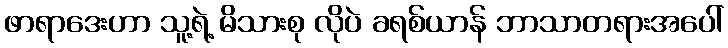
ဖာရာဒေးဟာ သူ့ရဲ့ မိသားစု လိုပဲ ခရစ်ယာန် ဘာသာတရားအပေါ်